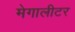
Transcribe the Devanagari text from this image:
मेगालीटर